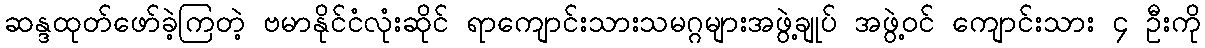
ဆန္ဒထုတ်ဖော်ခဲ့ကြတဲ့ ဗမာနိုင်ငံလုံးဆိုင် ရာကျောင်းသားသမဂ္ဂများအဖွဲ့ချုပ် အဖွဲ့ဝင် ကျောင်းသား ၄ ဦးကို